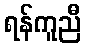
ရန်ကူညီ